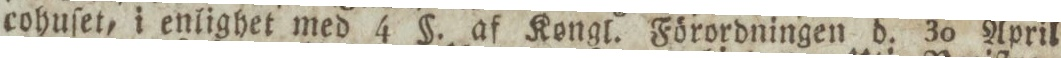
cohuſet, i enlighet med 4 §. af Kongl. Förordningen d. 30 April